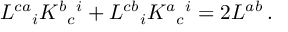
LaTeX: L ^ { c a } { } _ { i } K ^ { b } { } _ { c } { } ^ { i } + L ^ { c b } { } _ { i } K ^ { a } { } _ { c } { } ^ { i } = 2 L ^ { a b } \, .